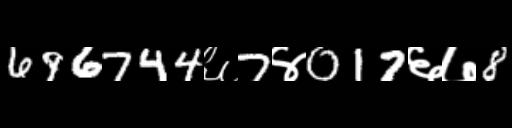
Text: 696744६7४017६७8